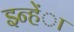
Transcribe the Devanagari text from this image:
इन्हेंा